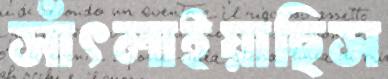
সাঁৎলাইয়াছিস